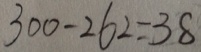
3 0 0 - 2 6 2 = 3 8